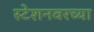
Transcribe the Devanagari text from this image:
स्टेशनवरच्या